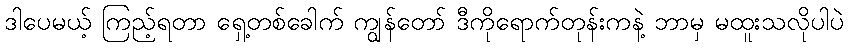
ဒါပေမယ့် ကြည့်ရတာ ရှေ့တစ်ခေါက် ကျွန်တော် ဒီကိုရောက်တုန်းကနဲ့ ဘာမှ မထူးသလိုပါပဲ